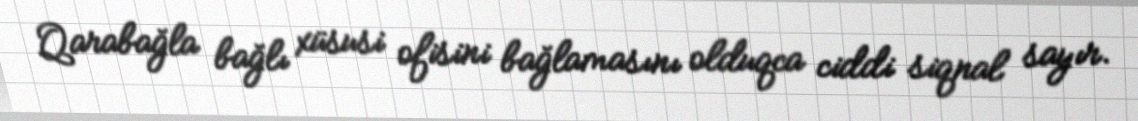
Qarabağla bağlı xüsusi ofisini bağlamasını olduqca ciddi siqnal sayır.